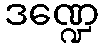
ဒဏ္ဍေ